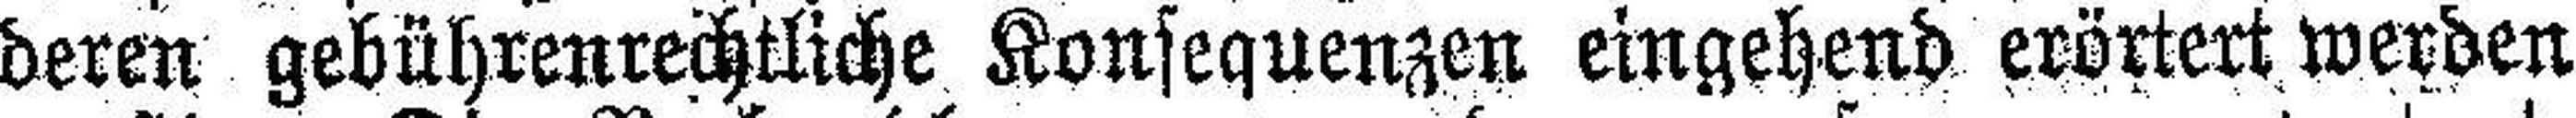
deren gebührenrechtliche Konsequenzen eingehend erörtert werden